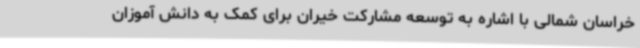
خراسان شمالی با اشاره به توسعه مشارکت خیران برای کمک به دانش آموزان